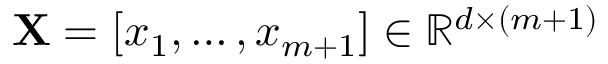
\mathbf { X } = [ x _ { 1 } , \dots , x _ { m + 1 } ] \in \mathbb { R } ^ { d \times ( m + 1 ) }